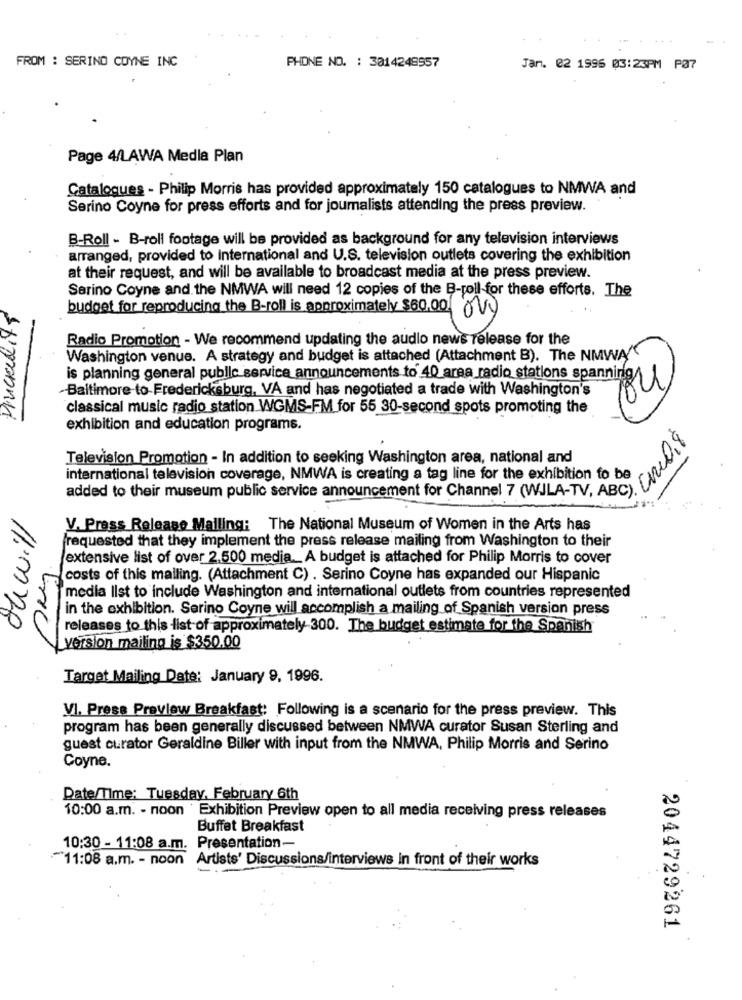
FROM : SERINO COYNE INC
PHONE NO. : 3014248957
Jan. 02 1996 03:23PM PØ7
Page 4/LAWA Medla Plan
Catalogues - Philip Morris has provided approximately 150 catalogues to NMWA and
Serino Coyne for press efforts and for journalists attending the press preview.
B-Roll - B-roll footage will be provided as background for any television interviews
arranged, provided to international and U.S. television outlets covering the exhibition
at their request, and will be available to broadcast media at the press preview.
Sarino Coyne and the NMWA will need 12 copies of the B-roll for these efforts. The
Pickedits
budget for reproducing the B-roll is approximately $60.00. 00)
Radio Promotion - We recommend updating the audio news release for the
Washington venue. A strategy and budget is attached (Attachment B). The NMWA
is planning general public service announcements to 40 area radio stations spanning
-Baltimore-to-Fredericksburg, VA and has negotiated a trade with Washington's
classical music radio station WGMS-FM for 55 30-second spots promoting the
exhibition and education programs.
Television Promotion - In addition to seeking Washington area, national and
international television coverage, NMWA is creating a tag line for the exhibition to be
added to their museum public service announcement for Channel 7 (will Not be
ou will
V. Press Release Malling: The National Museum of Women in the Arts has
requested that they implement the press release mailing from Washington to their
extensive list of over 2.500 media. A budget is attached for Philip Morris to cover
costs of this mailing. (Attachment C) . Serino Coyne has expanded our Hispanic
media list to include Washington and international outlets from countries represented
in the exhibition. Serino Coyne will accomplish a mailing of Spanish version press
releases to this list of approximately 300. The budget estimate for the Spanish
version mailing is $350.00
Target Mailing Date: January 9, 1996.
VI. Press Preview Breakfast: Following is a scenario for the press preview. This
program has been generally discussed between NMWA curator Susan Sterling and
guest curator Geraldine Biller with input from the NMWA, Philip Morris and Serino
Coyne.
Date/Time: Tuesday, February 6th
10:00 a.m. - noon ' Exhibition Preview open to all media receiving press releases
Buffet Breakfast
10:30 - 11:08 a.m. Presentation-
"11:08 a.m. - noon Artists' Discussions/interviews in front of their works
2044729261